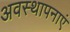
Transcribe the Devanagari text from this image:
अवस्थापनाएं